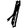
Digit: 1